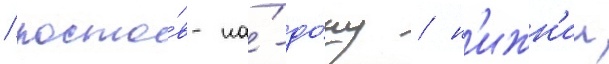
/ росто́в-на́-до́ну / н'ижн'ии